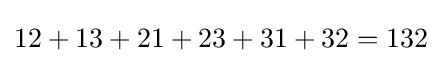
12+13+21+23+31+32=132